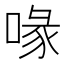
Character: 喙